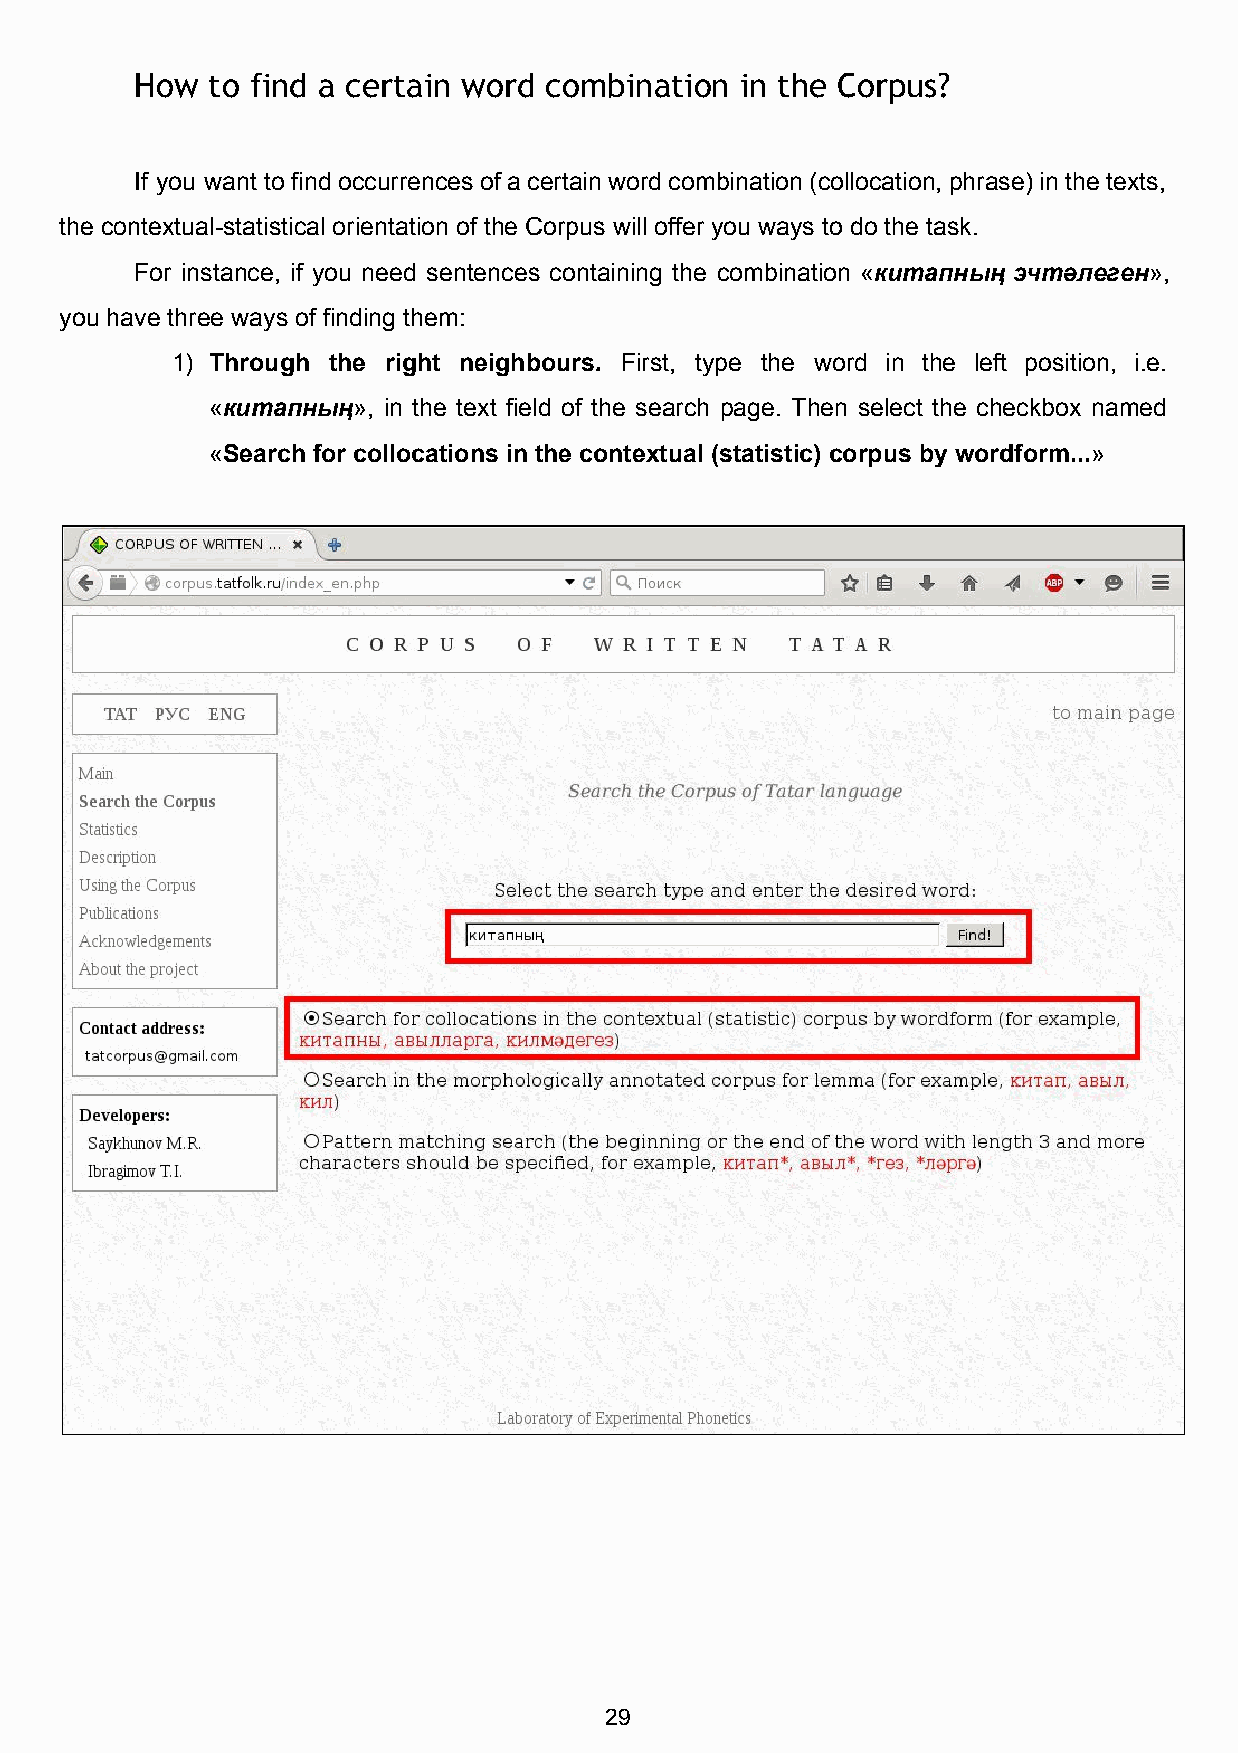
How  to find a certain word combination in the Corpus?
 If you want to find occurrences of a certain word combination (collocation, phrase) in the texts,
 the contextual­statistical orientation of the Corpus will offer you ways to do the task.
 For instance, if you need sentences containing the combination «китапның эчтәлеген»,
 ​                 ​
 you have three ways of finding them:
 1) Through the right neighbours. First, type the word in the left position, i.e.
 ​
 «китапның», in the text field of the search page. Then select the checkbox named
 ​       ​
 «Search for collocations in the contextual (statistic) corpus by wordform...»
 ​                                                        ​
 29